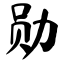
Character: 勋